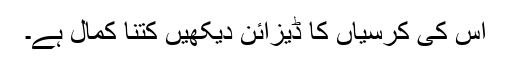
اس کی کرسیاں کا ڈیزائن دیکھیں کتنا کمال ہے۔